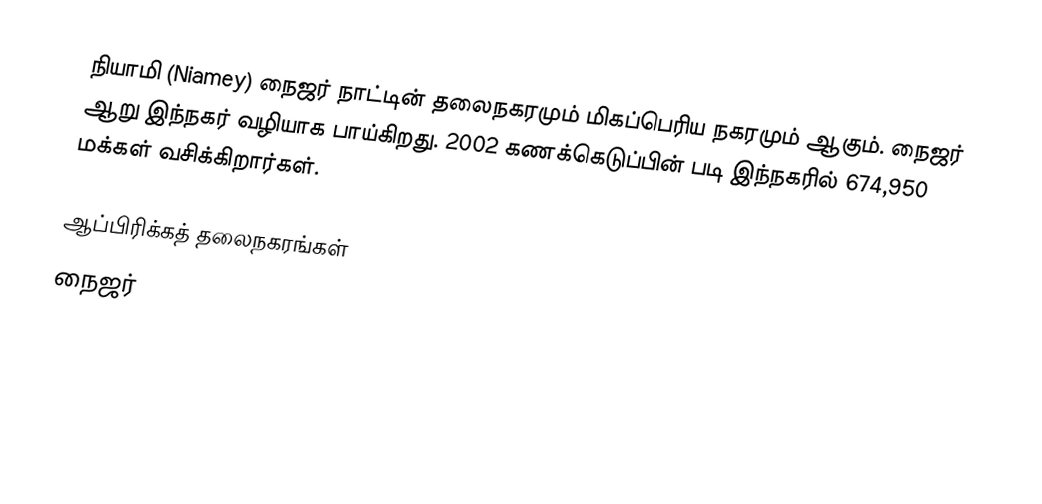
நியாமி (Niamey) நைஜர் நாட்டின் தலைநகரமும் மிகப்பெரிய நகரமும் ஆகும். நைஜர் ஆறு இந்நகர் வழியாக பாய்கிறது. 2002 கணக்கெடுப்பின் படி இந்நகரில் 674,950 மக்கள் வசிக்கிறார்கள்.

ஆப்பிரிக்கத் தலைநகரங்கள்
நைஜர்